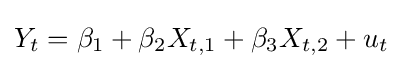
Y_{t}=\beta _{1}+\beta _{2}X_{t,1}+\beta _{3}X_{t,2}+u_{t}